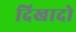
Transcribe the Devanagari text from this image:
दिखादो